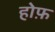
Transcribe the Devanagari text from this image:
होफ़